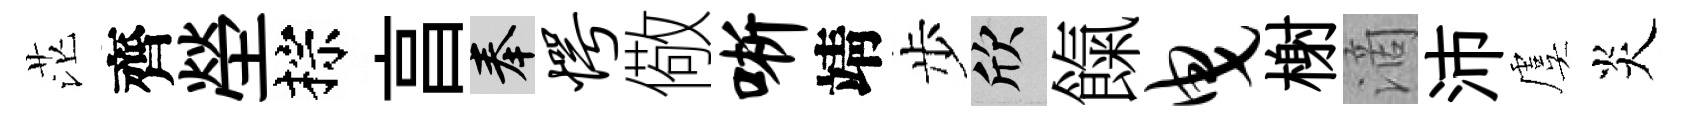
茫齊塋棕亯奉愕儆晰靖步欣餼曳榭滴沛虞炎